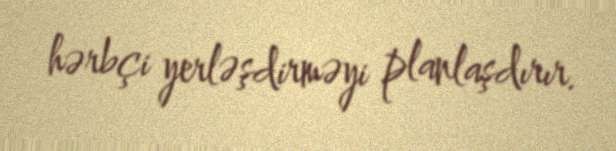
hərbçi yerləşdirməyi planlaşdırır.